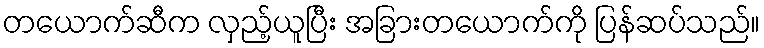
တယောက်ဆီက လှည့်ယူပြီး အခြားတယောက်ကို ပြန်ဆပ်သည်။